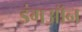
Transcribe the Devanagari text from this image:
डंगऑन